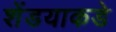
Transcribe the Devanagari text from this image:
शेंडयाकडे